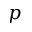
p